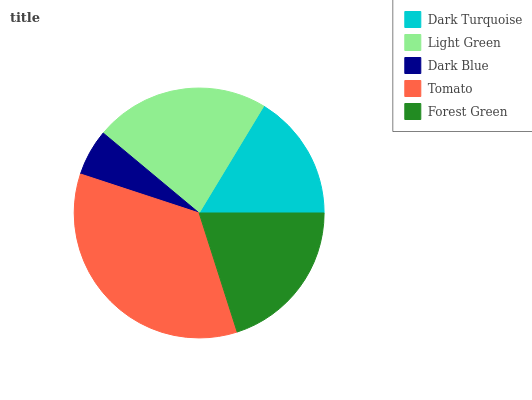
| Dark Turquoise | Light Green | Dark Blue | Tomato | Forest Green |
 | --- | --- | --- | --- | --- |
 | 16.4% | 22.6% | 6% | 35% | 20% |